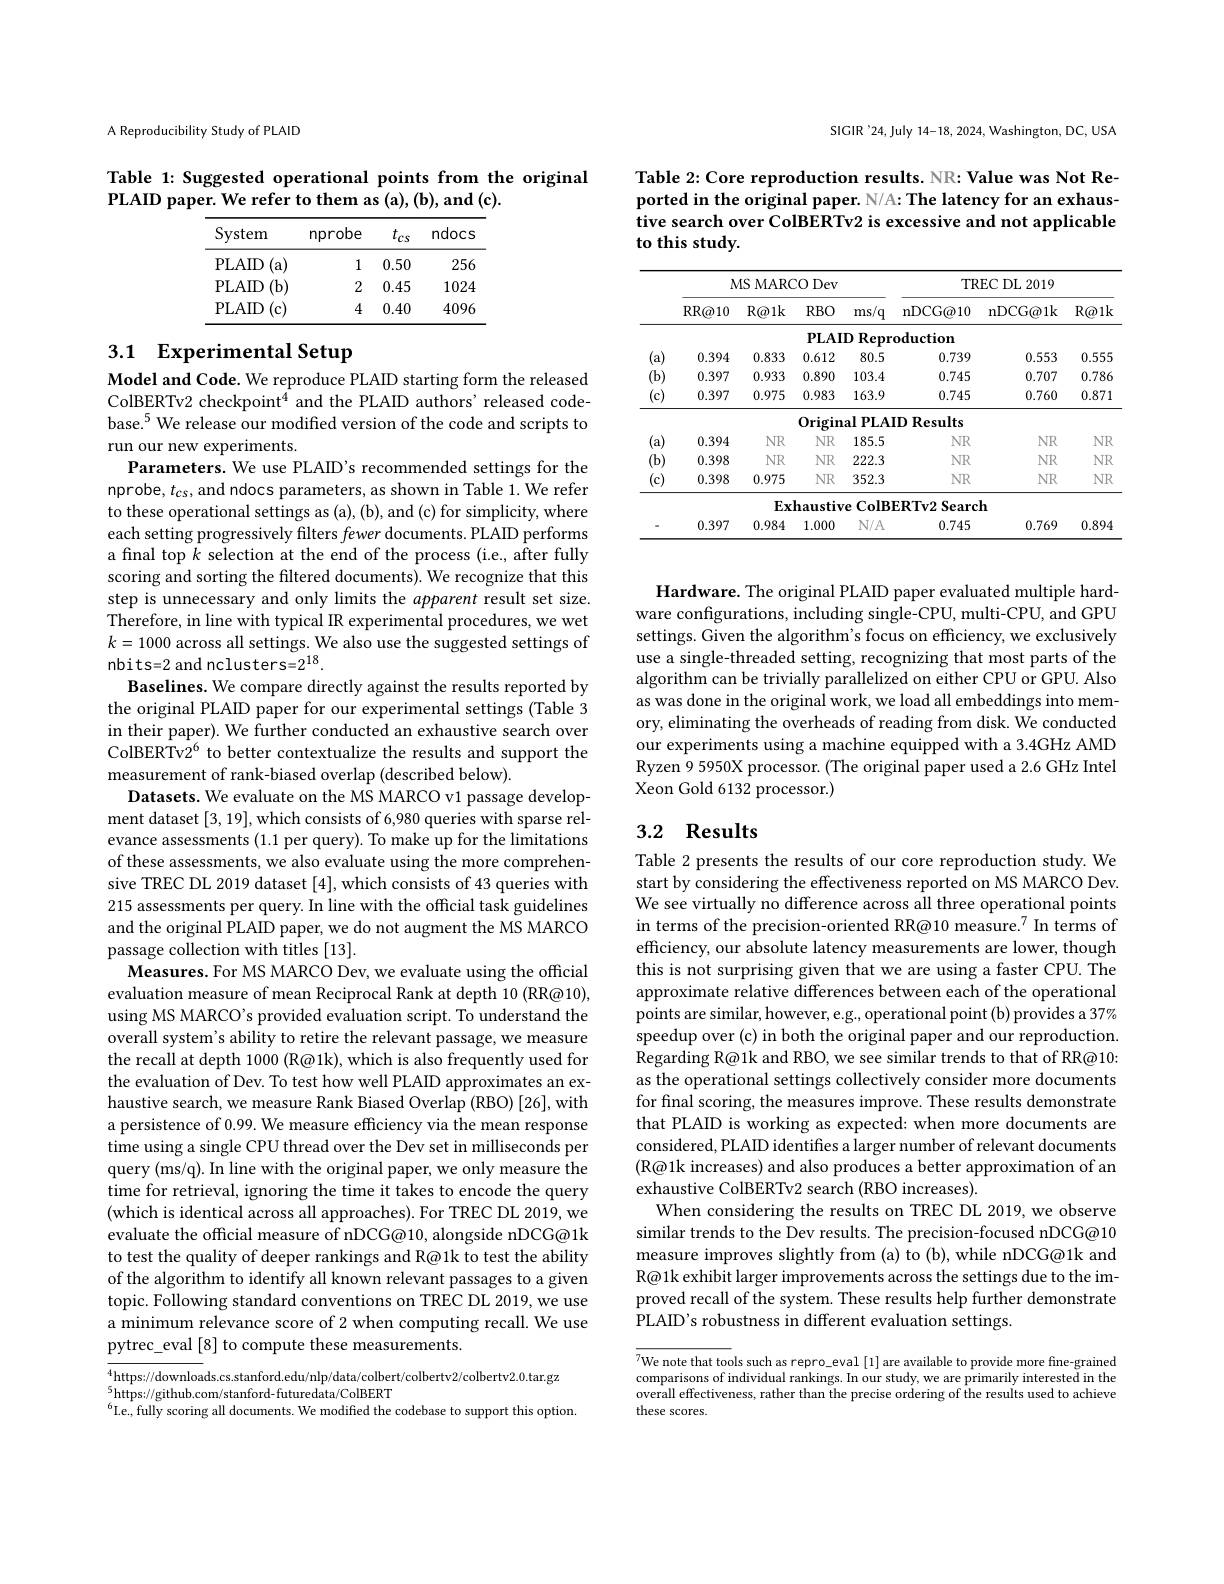
A Reproducibility Study of PLAID

Table 1: Suggested operational points from the original
PLAID paper. We refer to them as (a), (b), and (c).

<table>
	<tbody>
		<tr>
			<th>System</th>
			<th>nprobe</th>
			<th>$t_{cs}$</th>
			<th>ndocs</th>
		</tr>
		<tr>
			<td>PLAID ( a) </td>
			<td>1</td>
			<td>0.50</td>
			<td>256</td>
		</tr>
		<tr>
			<td>PLAID $(\mathbf{b})$</td>
			<td>2</td>
			<td>0.45</td>
			<td>1024</td>
		</tr>
		<tr>
			<td>PLAID 11</td>
			<td>4</td>
			<td>0.40</td>
			<td>4096</td>
		</tr>
	</tbody>
</table>

# 3.1 Experimental Setup

Model and Code. We reproduce PLAID starting form the released ColBERTv2 checkpoint$^4$ and the PLAID authors' released codebase.$^5$ We release our modifed version of the code and scripts to run our new experiments.
Parameters. We use PLAID's recommended settings for the nprobe, $t_{cs}$, and ndocs parameters, as shown in Table 1. We refer to these operational settings as (a), (b), and (c) for simplicity, where each setting progressively filters fewer documents. PLAID performs a final top $k$ selection at the end of the process (i.e., after fully scoring and sorting the filtered documents). We recognize that this step is unnecessary and only limits the apparent result set size. Therefore, in line with typical IR experimental procedures, we wet $k=1000$ across all settings. We also use the suggested settings of nbits=2 and nclusters=2$^{18}.$
Baselines. We compare directly against the results reported by the original PLAID paper for our experimental settings (Table 3 in their paper). We further conducted an exhaustive search over ColBERTv2$^{6}$ to better contextualize the results and support the measurement of rank-biased overlap (described below).
Datasets. We evaluate on the MS MARCO v1 passage development dataset [3,19],which consists of 6,980 queries with sparse relevance assessments (1.1 per query). To make up for the limitations of these assessments, we also evaluate using the more comprehensive TREC DL 2019 dataset [4],which consists of 43 queries with 215 assessments per query. In line with the official task guidelines and the original PLAID paper, we do not augment the MS MARCO passage collection with titles [13].
Measures. For MS MARCO Dev, we evaluate using the official evaluation measure of mean Reciprocal Rank at depth 10 (RR@10), using MS MARCO's provided evaluation script. To understand the overall system's ability to retire the relevant passage, we measure the recall at depth 1000 (R@1k), which is also frequently used for the evaluation of Dev. To test how well PLAID approximates an exhaustive search, we measure Rank Biased Overlap (RBO) [26], with a persistence of 0.99. We measure efficiency via the mean response time using a single CPU thread over the Dev set in milliseconds per query (ms/q). In line with the original paper, we only measure the time for retrieval, ignoring the time it takes to encode the query (which is identical across all approaches). For TREC DL 2019, we evaluate the official measure of nDCG@10, alongside nDCG@1k to test the quality of deeper rankings and R@1k to test the ability of the algorithm to identify all known relevant passages to a given topic. Following standard conventions on TREC DL 2019, we use a minimum relevance score of 2 when computing recall. We use pytrec\_eval [8] to compute these measurements.
$_{5}^4$https://downloads.cs.stanford.edu/nlp/data/colbert/colbertv2/colbertv2.0.tar.gz

$^5$https://github.com/stanford-futuredata/ColBERT
$^{6}$I.e, fully scoring all documents. We modified the codebase to support this option.

SIGIR'24,July 14-18, 2024, Washington, DC, USA

Table 2: Core reproduction results. NR: Value was Not Reported in the original paper. N/A: The latency for an exhaustive search over ColBERTv2 is excessive and not applicable to this study.

<table>
	<tbody>
		<tr>
			<th> </th>
			<th colspan="4">MS MARCO Dev</th>
			<th colspan="3">TREC DL 2019</th>
		</tr>
		<tr>
			<th> </th>
			<th>$\operatorname{RR@10}$</th>
			<th>$R@1k$</th>
			<th>$RBO$</th>
			<th>ms/q</th>
			<th>nDCG@ 10</th>
			<th>nDCG@ 1k</th>
			<th>$R@1k$</th>
		</tr>
		<tr>
			<td> </td>
			<td> </td>
			<td> </td>
			<td>$PLAI$</td>
			<td>D Repr 1 1 1</td>
			<td>${\mathrm{oduction}}$</td>
			<td> </td>
			<td> </td>
		</tr>
		<tr>
			<td>(a) 1 、</td>
			<td>0.394</td>
			<td>0.833</td>
			<td>0.612</td>
			<td>80.5</td>
			<td>0.739</td>
			<td>0.553</td>
			<td>0.555</td>
		</tr>
		<tr>
			<td>$(\mathbf{b})$</td>
			<td>0.397</td>
			<td>0.933</td>
			<td>0.890</td>
			<td>103.4</td>
			<td>0.745</td>
			<td>0.707</td>
			<td>0.786</td>
		</tr>
		<tr>
			<td>(c) </td>
			<td>0.397</td>
			<td>0.975</td>
			<td>0.983</td>
			<td>163.9</td>
			<td>0.745</td>
			<td>0.760</td>
			<td>0.871</td>
		</tr>
		<tr>
			<td> </td>
			<td> </td>
			<td> </td>
			<td>$0rigin$</td>
			<td>$\mathbf{al}\mathbf{PLA}$</td>
			<td>$\textbf{. D I}$ Results</td>
			<td> </td>
			<td> </td>
		</tr>
		<tr>
			<td>(a) 1 、</td>
			<td>0.394</td>
			<td>$\mathbb{NR}$</td>
			<td>$\mathbb{NR}$</td>
			<td>185.5</td>
			<td>$\mathbb{NR}$</td>
			<td>$\mathbb{NR}$</td>
			<td>$\mathbb{NR}$</td>
		</tr>
		<tr>
			<td>$(\mathbf{b})$</td>
			<td>0.398</td>
			<td>$\mathbb{NR}$</td>
			<td>$\mathbb{NR}$</td>
			<td>222.3</td>
			<td>$\mathbb{NR}$</td>
			<td>$\mathbb{NR}$</td>
			<td>$\mathbb{NR}$</td>
		</tr>
		<tr>
			<td>(c) 1</td>
			<td>0.398</td>
			<td>0.975</td>
			<td>$\mathbb{NR}$</td>
			<td>352.3</td>
			<td>$\mathbb{NR}$</td>
			<td>$\mathbb{NR}$</td>
			<td>$\mathbb{NR}$</td>
		</tr>
		<tr>
			<td rowspan="2"> </td>
			<td> </td>
			<td>$Ex$</td>
			<td>$\mathbf{haustiv}$</td>
			<td>$ColB]$ $7e$</td>
			<td>$ERTv2Searc$</td>
			<td>1</td>
			<td> </td>
		</tr>
		<tr>
			<td>0.397</td>
			<td>0.984</td>
			<td>1.000</td>
			<td>$N/A$</td>
			<td>0.745</td>
			<td>0.769</td>
			<td>0.894</td>
		</tr>
	</tbody>
</table>

Hardware. The original PLAID paper evaluated multiple hardware configurations, including single-CPU, multi-CPU, and GPU settings. Given the algorithm's focus on efficiency, we exclusively use a single-threaded setting, recognizing that most parts of the algorithm can be trivially parallelized on either CPU or GPU. Also as was done in the original work, we load all embeddings into memory, eliminating the overheads of reading from disk. We conducted our experiments using a machine equipped with a 3.4GHz AMD Ryzen 9 5950X processor. (The original paper used a 2.6 GHz Intel Xeon Gold 6132 processor.)

## 3.2 Results

Table 2 presents the results of our core reproduction study. We start by considering the effectiveness reported on MS MARCO Dev. We see virtually no difference across all three operational points in terms of the precision-oriented RR@10 measure.$^7$ In terms of efficiency, our absolute latency measurements are lower, though this is not surprising given that we are using a faster CPU. The approximate relative differences between each of the operational points are similar, however, e.g., operational point (b) provides a 37% speedup over (c) in both the original paper and our reproduction Regarding R@1k and RBO, we see similar trends to that of RR@10: as the operational settings collectively consider more documents for final scoring, the measures improve. These results demonstrate that PLAID is working as expected: when more documents are considered, PLAID identifies a larger number of relevant documents (R@1k increases) and also produces a better approximation of an exhaustive ColBERTv2 search (RBO increases).
When considering the results on TREC DL 2019, we observe similar trends to the Dev results. The precision-focused nDCG@10 measure improves slightly from (a) to (b), while nDCG@1k and R@1k exhibit larger improvements across the settings due to the improved recall of the system. These results help further demonstrate PLAID's robustness in different evaluation settings.

$\overline{^{7}\text{We note that tools such as repro\_eval [1] are available to provide more fine-grained}}$ comparisons of individual rankings. In our study, we are primarily interested in the overall effectiveness, rather than the precise ordering of the results used to achieve these scores